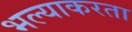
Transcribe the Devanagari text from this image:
भल्याकरता